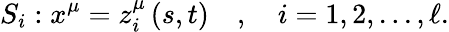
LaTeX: S_{i}:x^{\mu}=z_{i}^{\mu}\left(s,t\right)\quad,\quad i=1,2,...,\ell.